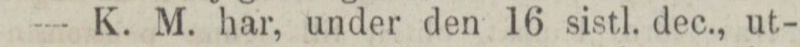
— K. M. har, under den 16 sistl. dec., ut-